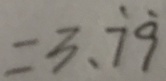
= 3 . \dot { 7 } \dot { 9 }